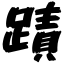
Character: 蹟